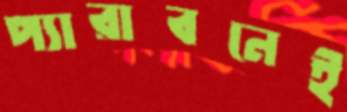
প্যারাবনেই